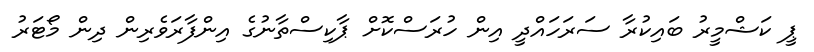
ޕީ ކަޝްމީރު ބައިކުރާ ސަރަހައްދީ އިން ހުރަސްކޮށް ޕާކިސްތާނުގެ އިންފާރަވެރިން ދިން މޯޓަރު